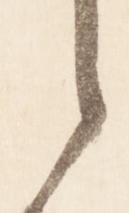
言